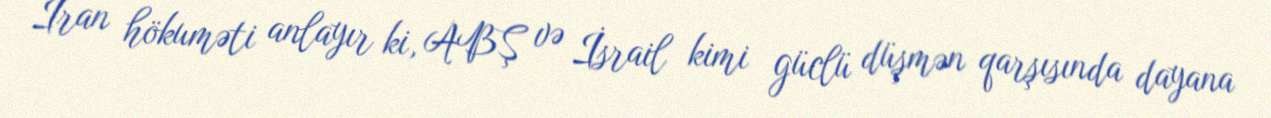
İran hökuməti anlayır ki, ABŞ və İsrail kimi güclü düşmən qarşısında dayana